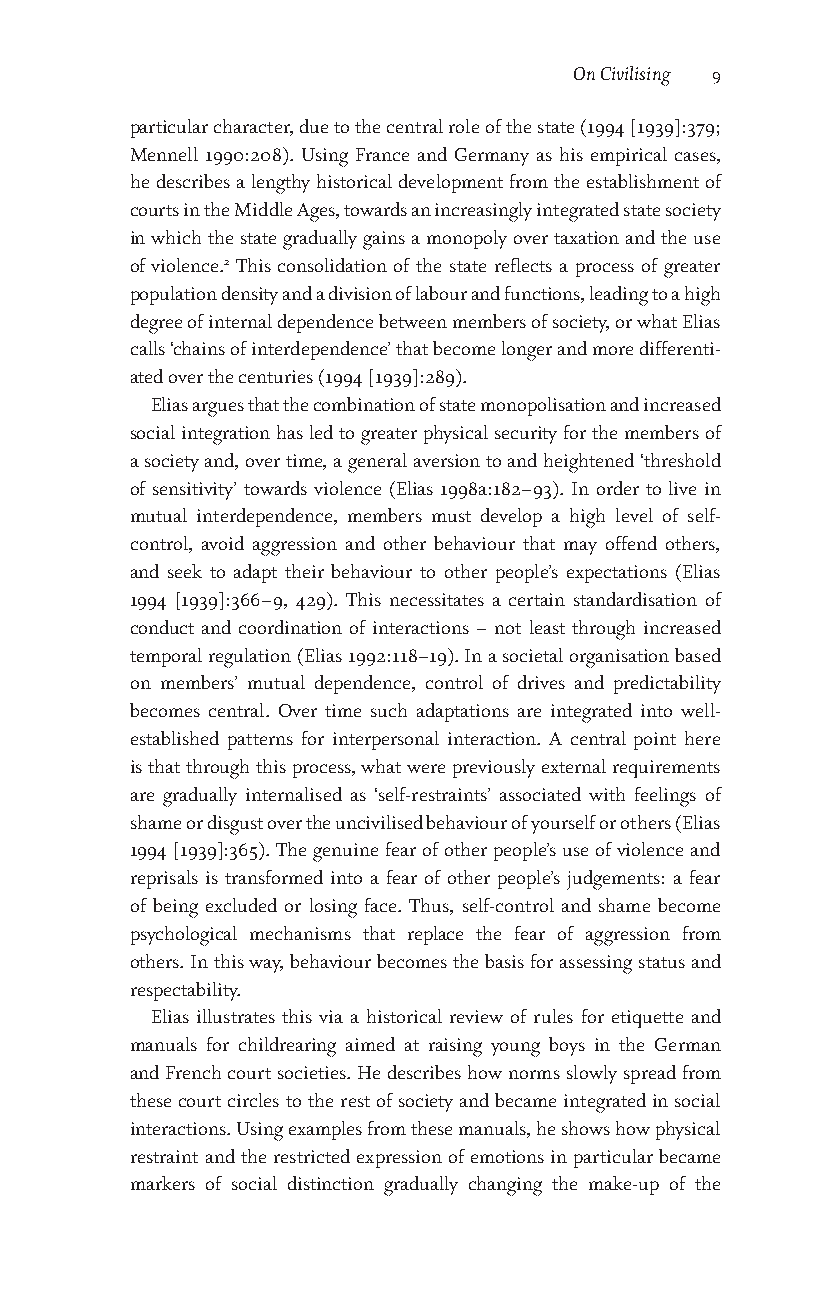
On Civilising 9
 particular character, due to the central role of the state (1994 [1939]:379;
 Mennell 1990:208). Using France and Germany as his empirical cases,
 he describes a lengthy historical development from the establishment of
 courts in the Middle Ages, towards an increasingly integrated state society
 in which the state gradually gains a monopoly over taxation and the use
 of violence.2 This consolidation of the state reflects a process of greater
 population density and a division of labour and functions, leading to a high
 degree of internal dependence between members of society, or what Elias
 calls ‘chains of interdependence’ that become longer and more differenti-
 ated over the centuries (1994 [1939]:289).
 Elias argues that the combination of state monopolisation and increased
 social integration has led to greater physical security for the members of
 a society and, over time, a general aversion to and heightened ‘threshold
 of sensitivity’ towards violence (Elias 1998a:182–93). In order to live in
 mutual interdependence, members must develop a high level of self-
 control, avoid aggression and other behaviour that may offend others,
 and seek to adapt their behaviour to other people’s expectations (Elias
 1994 [1939]:366–9, 429). This necessitates a certain standardisation of
 conduct and coordination of interactions – not least through increased
 temporal regulation (Elias 1992:118–19). In a societal organisation based
 on members’ mutual dependence, control of drives and predictability
 becomes central. Over time such adaptations are integrated into well-
 established patterns for interpersonal interaction. A central point here
 is that through this process, what were previously external requirements
 are gradually internalised as ‘self-restraints’ associated with feelings of
 shame or disgust over the uncivilised behaviour of yourself or others (Elias
 1994 [1939]:365). The genuine fear of other people’s use of violence and
 reprisals is transformed into a fear of other people’s judgements: a fear
 of being excluded or losing face. Thus, self-control and shame become
 psychological mechanisms that replace the fear of aggression from
 others. In this way, behaviour becomes the basis for assessing status and
 respectability.
 Elias illustrates this via a historical review of rules for etiquette and
 manuals for childrearing aimed at raising young boys in the German
 and French court societies. He describes how norms slowly spread from
 these court circles to the rest of society and became integrated in social
 interactions. Using examples from these manuals, he shows how physical
 restraint and the restricted expression of emotions in particular became
 markers of social distinction gradually changing the make-up of the